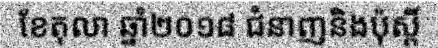
ខែតុលា ឆ្នាំ២០១៨ ជំនាញនិងប៉ុស្តិ៍